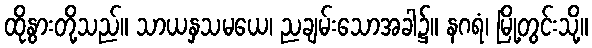
ထိုနွားတို့သည်။ သာယနှသမယေ၊ ညချမ်းသောအခါ၌။ နဂရံ၊ မြို့တွင်းသို့။